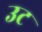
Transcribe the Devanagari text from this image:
उट